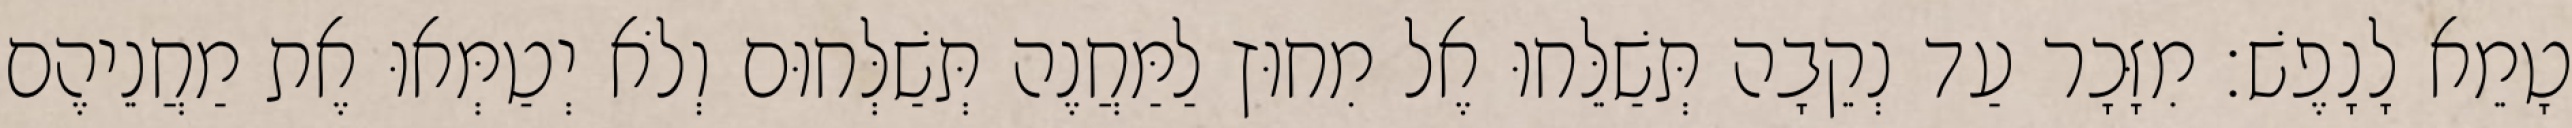
טָמֵא לָנָפֶשׁ׃ מִזָּכָר עַד נְקֵבָה תְּשַׁלֵּחוּ אֶל מִחוּץ לַמַּחֲנֶה תְּשַׁלְּחוּם וְלֹא יְטַמְּאוּ אֶת מַחֲנֵיהֶם